Indian journal of veterinary science and animal husbandry - Volumes 28-29, 1958-1959
Year: 1958
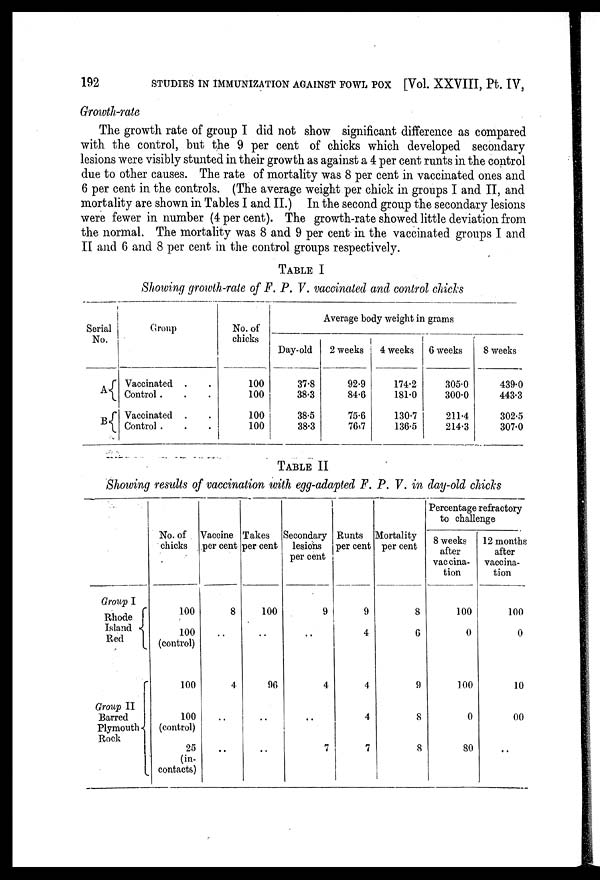
192
STUDIES IN IMMUNIZATION AGAINST FOWL POX [Vol. XXVIII, Pt. IV,
Growth-rate
The growth rate of group I did not show significant difference as compared
with the control, but the 9 per cent of chicks which developed secondary
lesions were visibly stunted in their growth as against a 4 per cent runts in the control
due to other causes. The rate of mortality was 8 per cent in vaccinated ones and
6 per cent in the controls. (The average weight per chick in groups I and II, and
mortality are shown in Tables I and II.) In the second group the secondary lesions
were fewer in number (4 per cent). The growth-rate showed little deviation from
the normal. The mortality was 8 and 9 per cent in the vaccinated groups I and
II and 6 and 8 per cent in the control groups respectively.
TABLE I
Showing growth-rate of F. P. V. vaccinated and control chicks
Serial
No.
A
B
Group
Vaccinated . .
Control. . .
Vaccinated . .
Control . .
No. of
chicks
100
100
100
100
Average body weight in grams
Day-old
37.8
38.3
38.5
38.3
2 weeks
92.9
84.6
75.6
76.7
4 weeks
174.2
181.0
130.7
136.5
6 weeks
305.0
300.0
211.4
214.3
8 weeks
439.0
443.3
302.5
307.0
TABLE II
Showing results of vaccination with egg.adapted F. P. V. in day-old chicks
Group I
Rhode
Island
Red
Group II
Barred
Plymouth
Rock
No. of
chicks
100
100
(control)
100
100
(control)
25
(in-
contacts)
Vaccine
per cent
8
..
4
..
..
Takes
per cent
100
..
96
..
..
Secondary
lesions
per cent
9
..
4
..
7
Runts
per cent
9
4
4
4
7
Mortality
per cent
8
6
9
8
8
Percentage refractory
to challenge
8 weeks
after
vaccina-
tion
100
0
100
0
80
12 months
vaccina-
tion
100
0
10
00
..